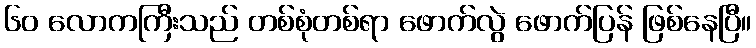
၆၀ လောကကြီးသည် တစ်စုံတစ်ရာ ဖောက်လွဲ ဖောက်ပြန် ဖြစ်နေပြီ။